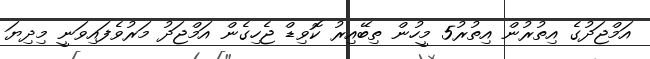
އަމްޖަދުގެ އިތުރުން އިތުރު5 މީހުން ތިބޭއިރު ކޮވިޑް ޖެހިގެން އަމްޖަދު މަރުވެފައިވަނީ މިދިޔަ